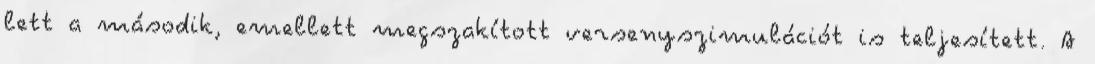
lett a második, emellett megszakított versenyszimulációt is teljesített. A